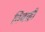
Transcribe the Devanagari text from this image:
तिचाही